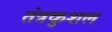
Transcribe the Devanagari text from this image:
तंत्रकुशल